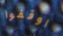
اوقفوا